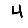
Digit: 4